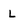
Character: L